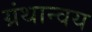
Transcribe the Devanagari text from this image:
ग्रंथान्वय